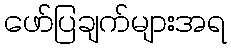
ဖော်ပြချက်များအရ